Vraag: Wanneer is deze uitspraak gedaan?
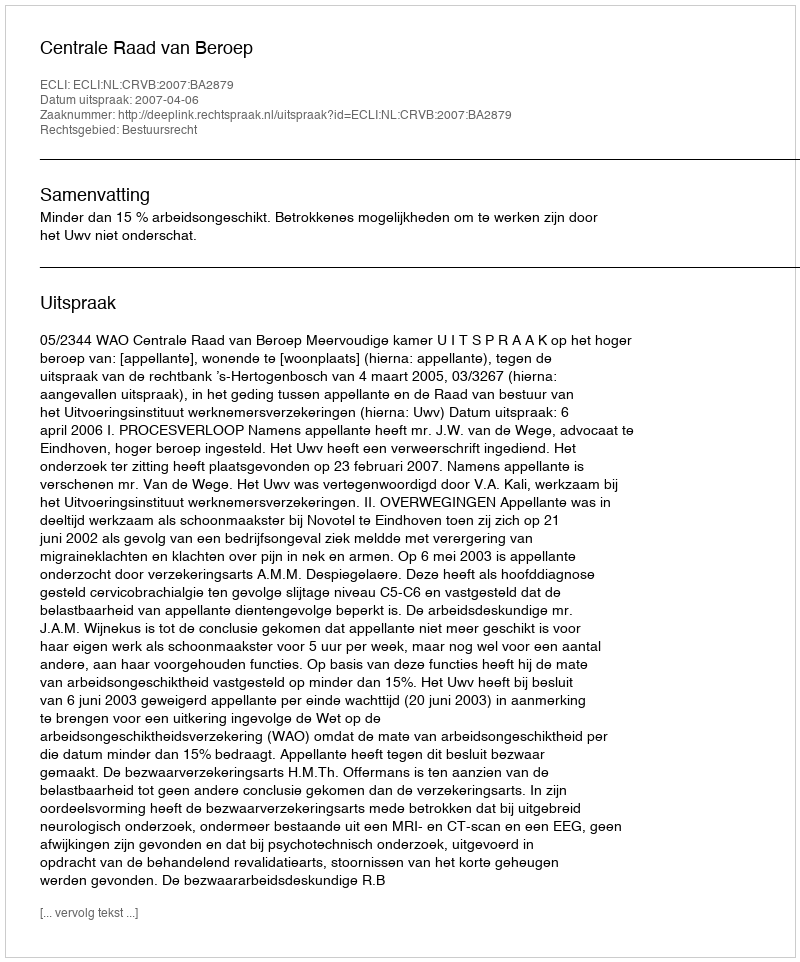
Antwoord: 2007-04-06